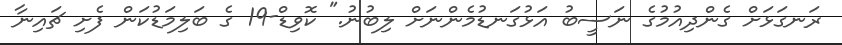
ރަނގަޅަށް ގެންދިއުމުގެ ނަސީބު އަޅުގަނޑުމެންނަށް ލިބުނު." ކޮވިޑް-19 ގެ ބަލިމަޑުކަން ފެށި ޗައިނާ